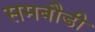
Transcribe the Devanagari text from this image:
समबौडी